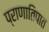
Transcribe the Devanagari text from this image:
प्राणातिपात